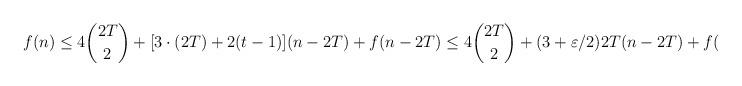
LaTeX: \begin{align*}f(n)\le 4\binom{2T}{2}+[3\cdot (2T)+2(t-1)](n-2T)+f(n-2T)\le 4\binom{2T}{2}+(3+\varepsilon/2)2T(n-2T)+f(n-2T).\end{align*}